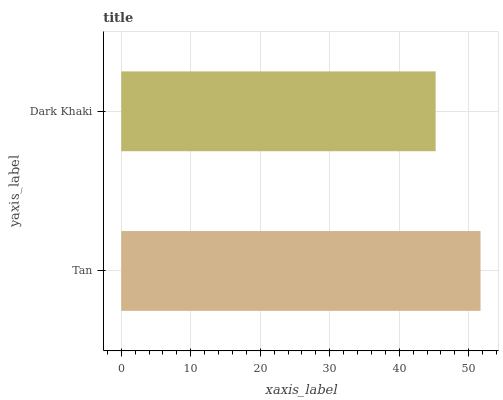
| yaxis_label | bars |
 | --- | --- |
 | Tan | 51.7 |
 | Dark Khaki | 45.2 |